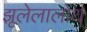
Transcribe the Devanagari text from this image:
झूलेलालोथ